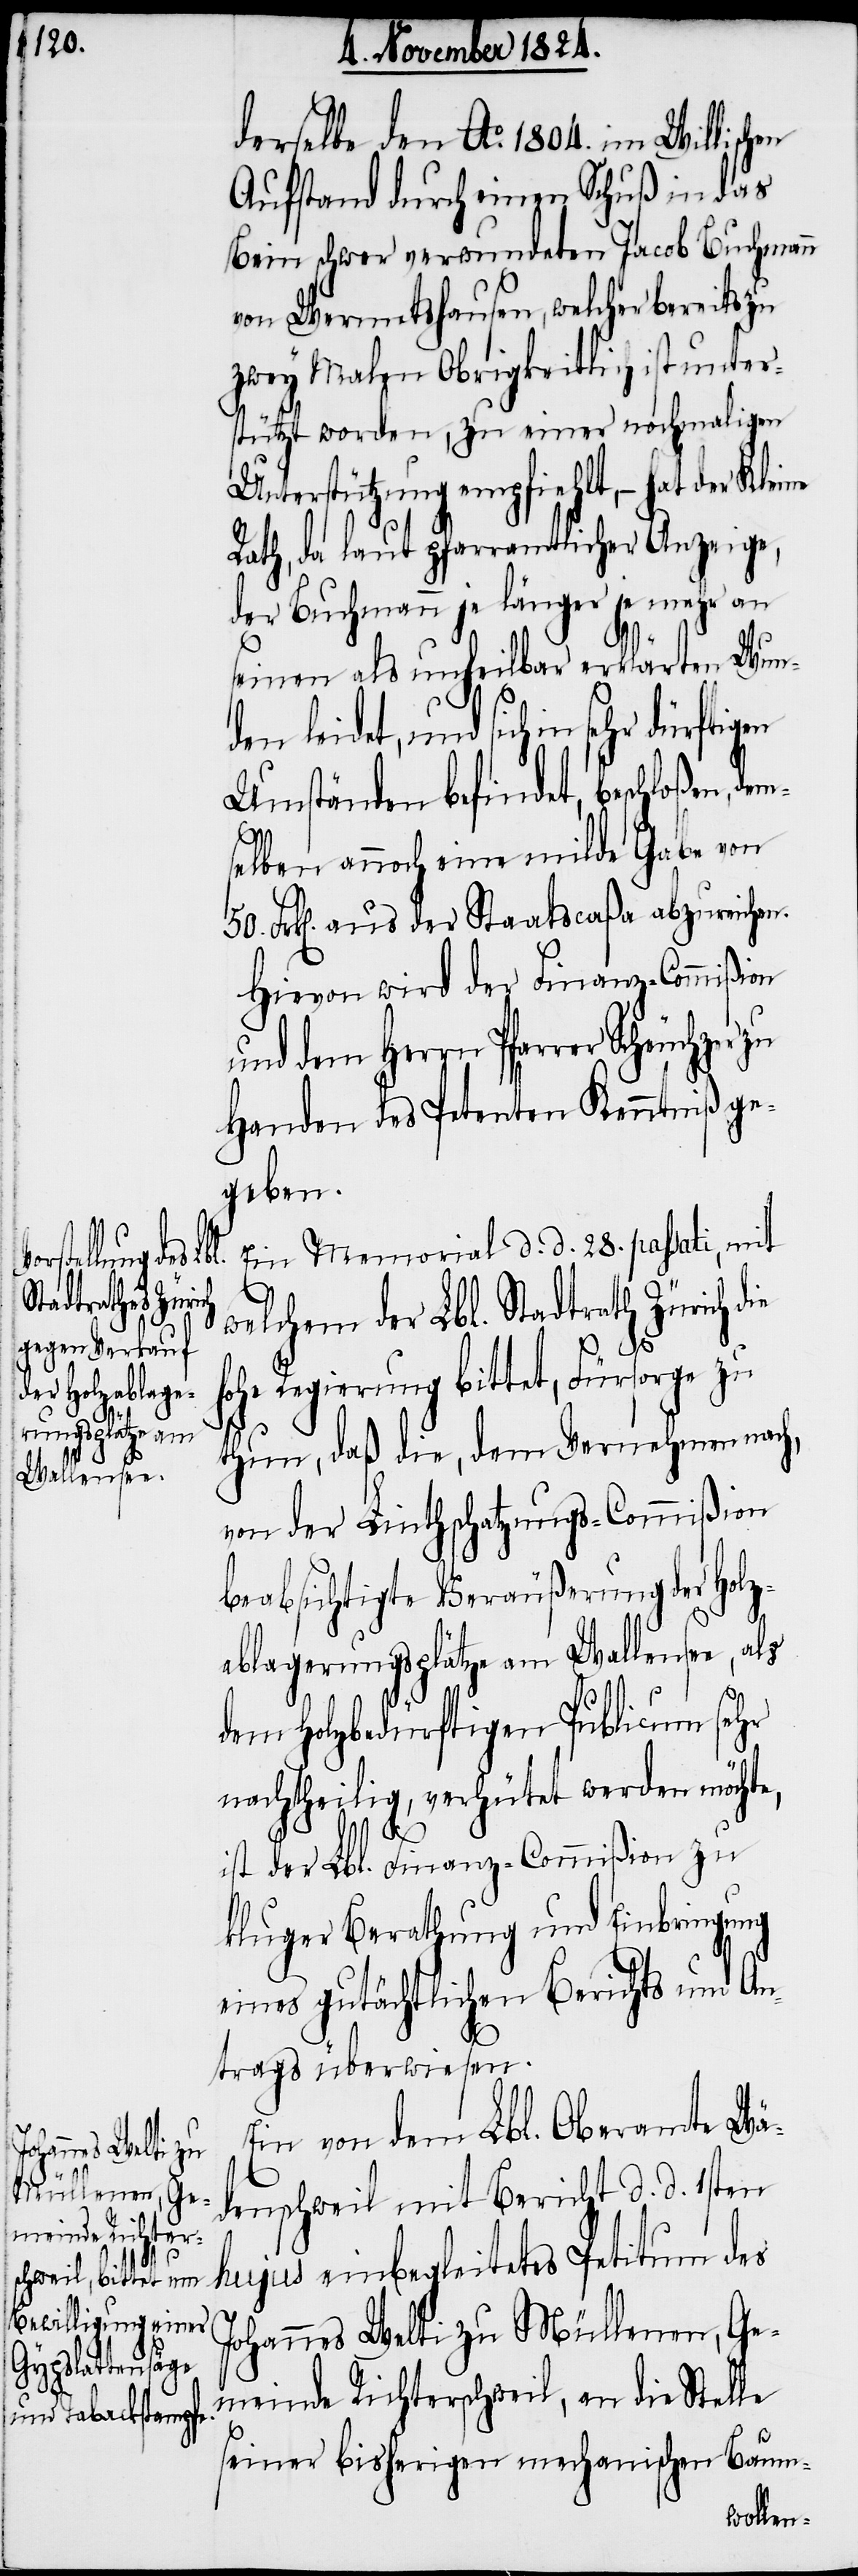
sehr dürftigen
50.
J¬

derselbe den Ao. 1804. im Willischen
Aufstand durch einen Schuß in das
Bein schwer verwundeten Jacob Buchmann
von Wermetshausen, welcher bereits zu
zwey Malen Obrigkeitlich ist unter¬
stützt worden, zu einer nochmaligen
Unterstützung empfiehlt, – hat der Kleine
Rath, da laut pfarramtlicher Anzeige,
der Buchmann je länger je mehr an
seinen als unheilbar erklärten Wun¬
den leidet, und sich in
Umständen befindet, beschloßen,
n.
selben annoch eine milde Gabe von
Frk[en]. aus der Staatscaßa abzureiche¬
Hievon wird der Finanz-Commißion
und dem Herrn Pfarrer Scheuchzer
Handen des Petenten Kenntniß ge¬
geben.
Ein Memorial d. d. 28. passati, mit
welchem der Lbl. Stadtrath Zürich die
hohe Regierung bittet, Fürsorge zu
thun, daß die, dem Vernehmen nach,
von der Linthschatzungs-Commißion
beabsichtigte Veräußerung der Holz¬
ablagerungsplätze am Wallensee, als
dem Holzbedürftigen Publicum sehr
nachtheilig, verhütet werden möchte,
ist der Lbl. Finanz-Commißion zu
kluger Berathung und Einbringung
eines gutächtlichen Berichts und An¬
trags überwiesen.
Ein von dem Lbl. Oberamte Wä¬
denschweil mit Bericht d. d. 1sten
hujus einbegleitetes Petitum des
ohannes Welti zu Müllenen, Ge¬
meinde Richterschweil, an die Stelle
seiner bisherigen mechanischen Baum-